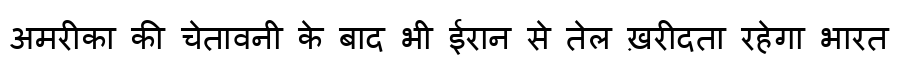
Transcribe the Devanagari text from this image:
अमरीका की चेतावनी के बाद भी ईरान से तेल ख़रीदता रहेगा भारत